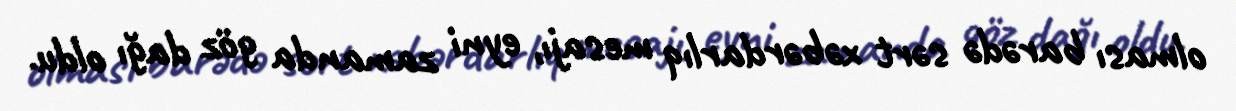
olması barədə sərt xəbərdarlıq mesajı, eyni zamanda göz dağı oldu.